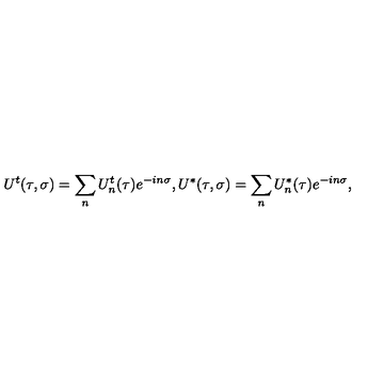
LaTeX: U ^ { t } ( \tau , \sigma ) = \sum _ { n } U _ { n } ^ { t } ( \tau ) e ^ { - i n \sigma } , U ^ { * } ( \tau , \sigma ) = \sum _ { n } U _ { n } ^ { * } ( \tau ) e ^ { - i n \sigma } ,